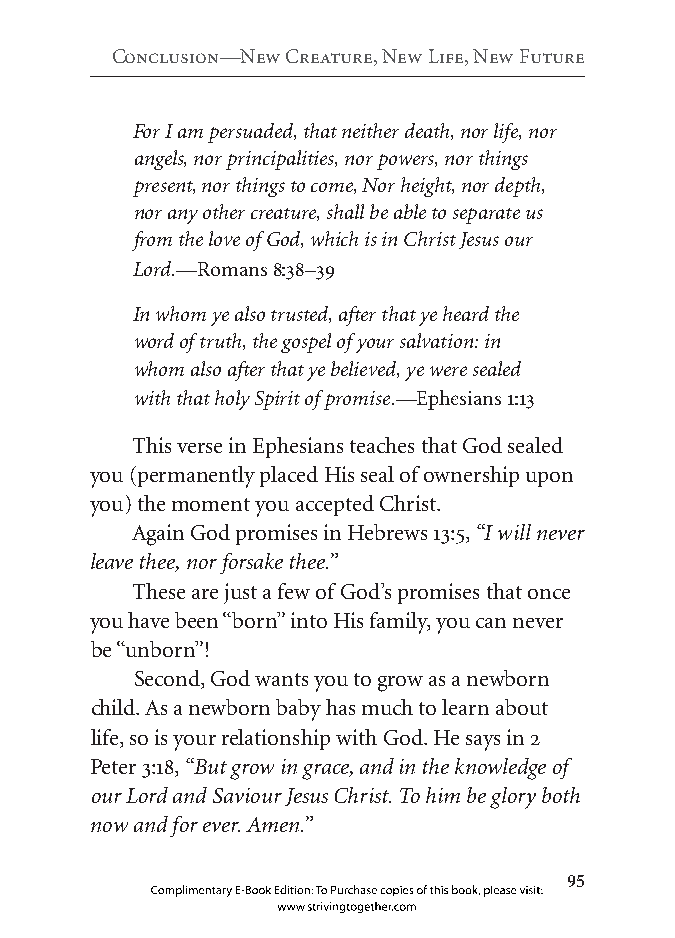
Conclusion—new Creature, new life, new future
 For I am persuaded, that neither death, nor life, nor
 angels, nor principalities, nor powers, nor things
 present, nor things to come, Nor height, nor depth,
 nor any other creature, shall be able to separate us
 from the love of God, which is in Christ Jesus our
 Lord.—Romans 8:38–39
 In whom ye also trusted, after that ye heard the
 word of truth, the gospel of your salvation: in
 whom also after that ye believed, ye were sealed
 with that holy Spirit of promise.—Ephesians 1:13
 This verse in Ephesians teaches that God sealed
 you (permanently placed His seal of ownership upon
 you) the moment you accepted Christ.
 Again God promises in Hebrews 13:5, “I will never
 leave thee, nor forsake thee.”
 These are just a few of God’s promises that once
 you have been “born” into His family, you can never
 be “unborn”!
 Second, God wants you to grow as a newborn
 child. As a newborn baby has much to learn about
 life, so is your relationship with God. He says in 2
 Peter 3:18, “But grow in grace, and in the knowledge of
 our Lord and Saviour Jesus Christ. To him be glory both
 now and for ever. Amen.”
 
 Complimentary E-Book Edition: To Purchase copies of this book, please visit:
 www.strivingtogether.com